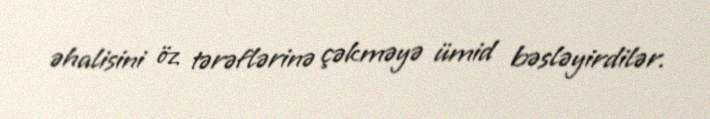
əhalisini öz tərəflərinə çəkməyə ümid bəsləyirdilər.